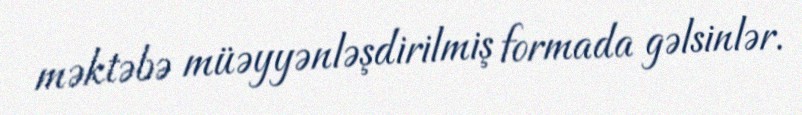
məktəbə müəyyənləşdirilmiş formada gəlsinlər.